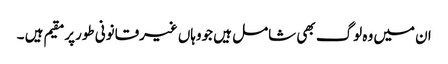
ان میں وہ لوگ بھی شامل ہیں جووہاں غیرقانونی طورپرمقیم ہیں ۔